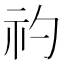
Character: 礿